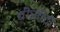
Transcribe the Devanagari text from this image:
वीसीटी